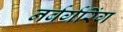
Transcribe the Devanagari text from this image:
नर्बर्गरिंग